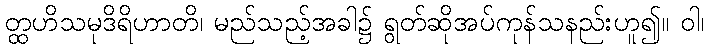
တ္ထဟိသမုဒိရိဟာတိ၊ မည်သည့်အခါ၌ ရွတ်ဆိုအပ်ကုန်သနည်းဟူ၍။ ဝါ၊